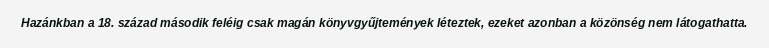
Hazánkban a 18. század második feléig csak magán könyvgyűjtemények léteztek, ezeket azonban a közönség nem látogathatta.